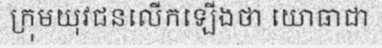
ក្រុមយុវជនលើកឡើងថា យោធាជា